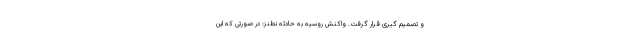
و تصمیم گیری قرار گرفت. واکنش روسیه به حادثه نطنز: در صورتی که این